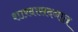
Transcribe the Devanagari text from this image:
शारदासदनात